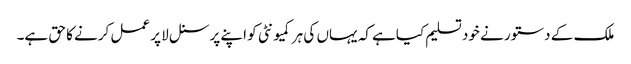
ملک کے دستور نے خود تسلیم کیاہے کہ یہاں کی ہر کمیونٹی کو اپنے پرسنل لا پر عمل کرنے کا حق ہے۔